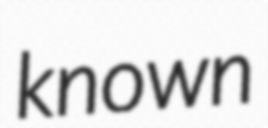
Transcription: known